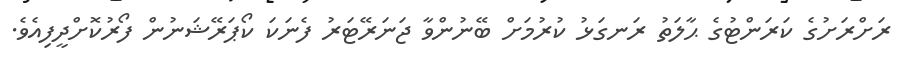
ރަށްރަށުގެ ކަރަންޓުގެ ޙާލަތު ރަނގަޅު ކުރުމަށް ބޭނުންވާ ޖަނަރޭޓަރު ފެނަކަ ކޯޕަރޭޝަނުން ފޯރުކޮށްދީފިއެވެ.